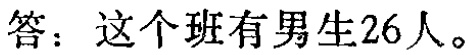
答：这个班有男生26人。